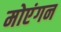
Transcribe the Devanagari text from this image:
मोएंगन